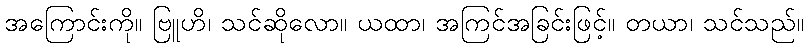
အကြောင်းကို။ ဗြူဟိ၊ သင်ဆိုလော။ ယထာ၊ အကြင်အခြင်းဖြင့်။ တယာ၊ သင်သည်။